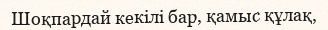
Шоқпардай кекілі бар, қамыс құлақ,